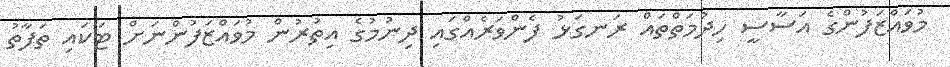
މުވައްޒަފުންގެ އަސާސީ ހިދުމަތްތައް ރަނގަޅު ފެންވަރެއްގައި ދިނުމުގެ އިތުރުން މުވައްޒަފުންނަށް ޓަކައި ތަފާތު